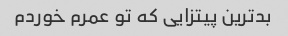
بدترین پیتزایی که تو عمرم خوردم